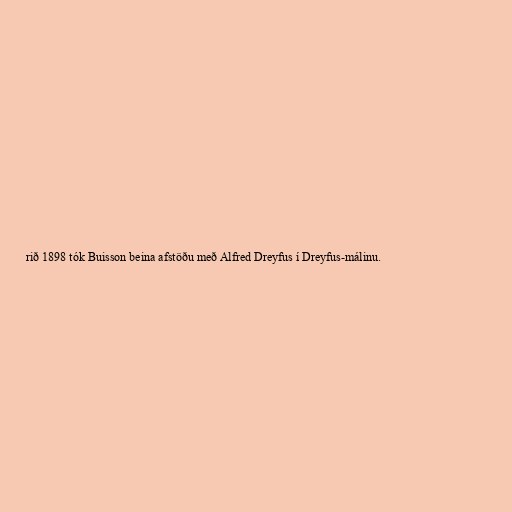
rið 1898 tók Buisson beina afstöðu með Alfred Dreyfus í Dreyfus-málinu.